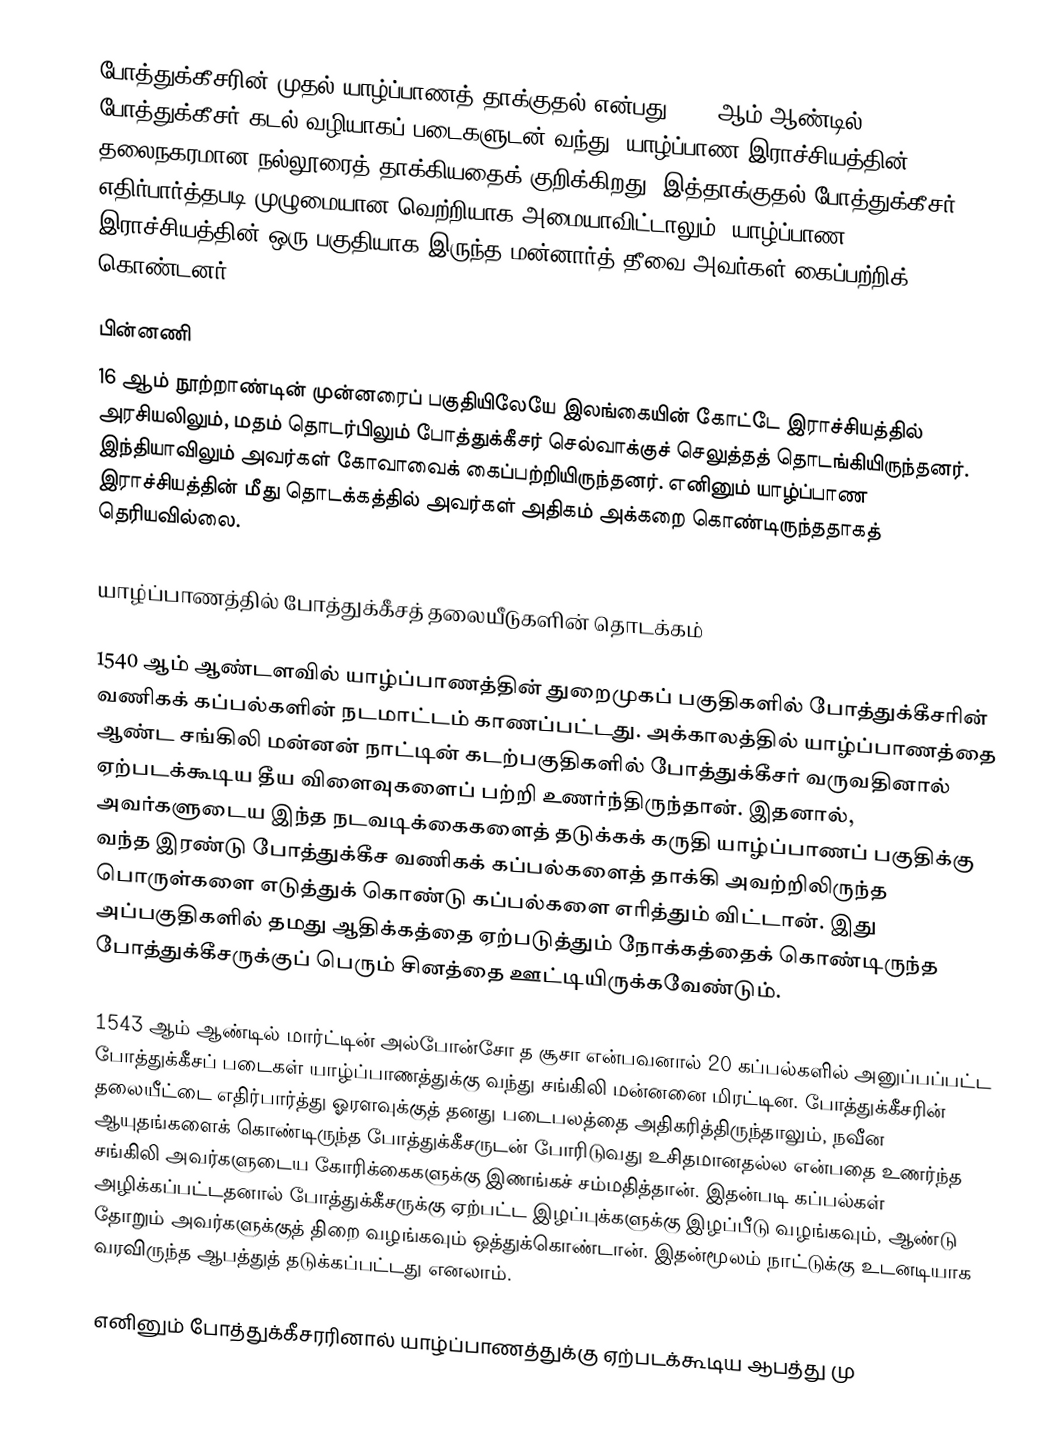
போத்துக்கீசரின் முதல் யாழ்ப்பாணத் தாக்குதல் என்பது 1561 ஆம் ஆண்டில் போத்துக்கீசர் கடல் வழியாகப் படைகளுடன் வந்து, யாழ்ப்பாண இராச்சியத்தின் தலைநகரமான நல்லூரைத் தாக்கியதைக் குறிக்கிறது. இத்தாக்குதல் போத்துக்கீசர் எதிர்பார்த்தபடி முழுமையான வெற்றியாக அமையாவிட்டாலும், யாழ்ப்பாண இராச்சியத்தின் ஒரு பகுதியாக இருந்த மன்னார்த் தீவை அவர்கள் கைப்பற்றிக் கொண்டனர்.

பின்னணி
16 ஆம் நூற்றாண்டின் முன்னரைப் பகுதியிலேயே இலங்கையின் கோட்டே இராச்சியத்தில் அரசியலிலும், மதம் தொடர்பிலும் போத்துக்கீசர் செல்வாக்குச் செலுத்தத் தொடங்கியிருந்தனர். இந்தியாவிலும் அவர்கள் கோவாவைக் கைப்பற்றியிருந்தனர். எனினும் யாழ்ப்பாண இராச்சியத்தின் மீது தொடக்கத்தில் அவர்கள் அதிகம் அக்கறை கொண்டிருந்ததாகத் தெரியவில்லை.

யாழ்ப்பாணத்தில் போத்துக்கீசத் தலையீடுகளின் தொடக்கம்

1540 ஆம் ஆண்டளவில் யாழ்ப்பாணத்தின் துறைமுகப் பகுதிகளில் போத்துக்கீசரின் வணிகக் கப்பல்களின் நடமாட்டம் காணப்பட்டது. அக்காலத்தில் யாழ்ப்பாணத்தை ஆண்ட சங்கிலி மன்னன் நாட்டின் கடற்பகுதிகளில் போத்துக்கீசர் வருவதினால் ஏற்படக்கூடிய தீய விளைவுகளைப் பற்றி உணர்ந்திருந்தான். இதனால், அவர்களுடைய இந்த நடவடிக்கைகளைத் தடுக்கக் கருதி யாழ்ப்பாணப் பகுதிக்கு வந்த இரண்டு போத்துக்கீச வணிகக் கப்பல்களைத் தாக்கி அவற்றிலிருந்த பொருள்களை எடுத்துக் கொண்டு கப்பல்களை எரித்தும் விட்டான். இது அப்பகுதிகளில் தமது ஆதிக்கத்தை ஏற்படுத்தும் நோக்கத்தைக் கொண்டிருந்த போத்துக்கீசருக்குப் பெரும் சினத்தை ஊட்டியிருக்கவேண்டும்.

1543 ஆம் ஆண்டில் மார்ட்டின் அல்போன்சோ த சூசா என்பவனால் 20 கப்பல்களில் அனுப்பப்பட்ட போத்துக்கீசப் படைகள் யாழ்ப்பாணத்துக்கு வந்து சங்கிலி மன்னனை மிரட்டின. போத்துக்கீசரின் தலையீட்டை எதிர்பார்த்து ஓரளவுக்குத் தனது படைபலத்தை அதிகரித்திருந்தாலும், நவீன ஆயுதங்களைக் கொண்டிருந்த போத்துக்கீசருடன் போரிடுவது உசிதமானதல்ல என்பதை உணர்ந்த சங்கிலி அவர்களுடைய கோரிக்கைகளுக்கு இணங்கச் சம்மதித்தான். இதன்படி கப்பல்கள் அழிக்கப்பட்டதனால் போத்துக்கீசருக்கு ஏற்பட்ட இழப்புக்களுக்கு இழப்பீடு வழங்கவும், ஆண்டு தோறும் அவர்களுக்குத் திறை வழங்கவும் ஒத்துக்கொண்டான். இதன்மூலம் நாட்டுக்கு உடனடியாக வரவிருந்த ஆபத்துத் தடுக்கப்பட்டது எனலாம்.

எனினும் போத்துக்கீசரரினால் யாழ்ப்பாணத்துக்கு ஏற்படக்கூடிய ஆபத்து மு